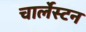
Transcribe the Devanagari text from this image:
चार्लेस्टन